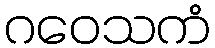
ဂဝေသကံ